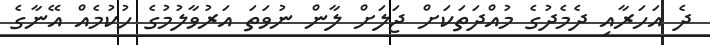
ދެ އަހަރާއި ދެމެދުގެ މުއްދަތަކަށް ޖަލަށް ލާން ނުވަތަ އަރުވާލުމުގެ ހުކުމެއް އޭނާގެ